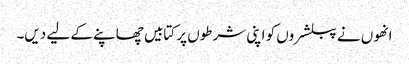
انھوں نے پبلشروں کو اپنی شرطوں پر کتابیں چھاپنے کے لیے دیں۔